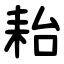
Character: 耛